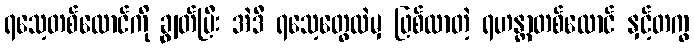
ရသေ့တစ်ထောင်ကို ချွတ်ပြီး အဲဒီ ရသေ့တွေထဲမှ ဖြစ်လာတဲ့ ရဟန္တာတစ်ထောင် နှင့်တကွ